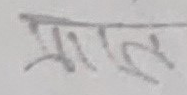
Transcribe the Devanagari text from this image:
भारत